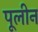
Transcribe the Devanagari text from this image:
पूलीन